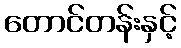
တောင်တန်းနှင့်